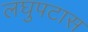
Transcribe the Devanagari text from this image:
लघुपटास